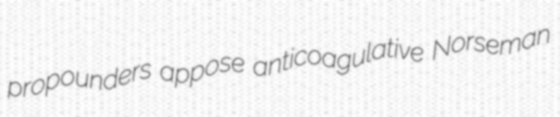
propounders appose anticoagulative Norseman